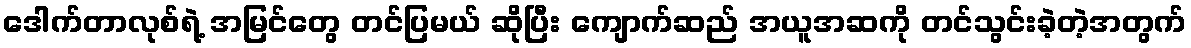
ဒေါက်တာလုစ်ရဲ့ အမြင်တွေ တင်ပြမယ် ဆိုပြီး ကျောက်ဆည် အယူအဆကို တင်သွင်းခဲ့တဲ့အတွက်